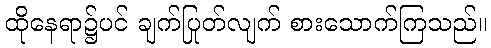
ထိုနေရာ၌ပင် ချက်ပြုတ်လျက် စားသောက်ကြသည်။